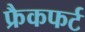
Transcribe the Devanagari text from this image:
फ्रैकफर्ट